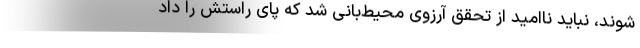
شوند، نباید ناامید از تحقق آرزوی محیط‌بانی شد که پای راستش را داد